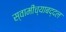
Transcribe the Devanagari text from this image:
स्वामींच्याबद्दल